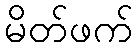
မိတ်ဖက်